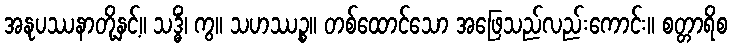
အနုပဿနာတို့နှင့်။ သဒ္ဓိံ၊ ကွ။ သဟဿဉ္စ။ တစ်ထောင်သော အဖြေသည်လည်းကောင်း။ စတ္တာရိစ